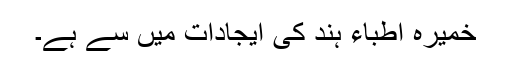
خمیرہ اطِبّاء ہند کی ایجادات میں سے ہے۔